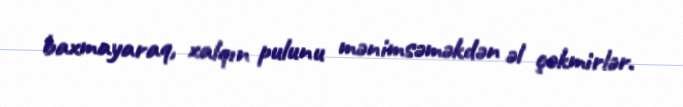
baxmayaraq, xalqın pulunu mənimsəməkdən əl çəkmirlər.